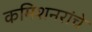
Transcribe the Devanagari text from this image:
कमिशनरांचे